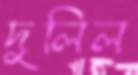
দুলিল